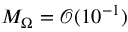
M _ { \Omega } = \mathcal { O } ( 1 0 ^ { - 1 } )